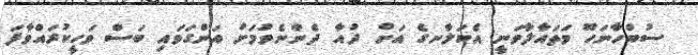
ސުބްހާނަހޫ ވަތައާލާވަނީ އެކަލާނގެ އަށް ދުއާ ދެންނެވުމަށް އަންގަވައި ބަސް ވަހީކުރައްވާފަ